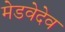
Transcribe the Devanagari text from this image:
मेडवेदेव